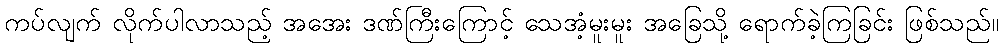
ကပ်လျက် လိုက်ပါလာသည့် အအေး ဒဏ်ကြီးကြောင့် သေအံ့မူးမူး အခြေသို့ ရောက်ခဲ့ကြခြင်း ဖြစ်သည်။